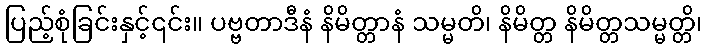
ပြည့်စုံခြင်းနှင့်၎င်း။ ပဗ္ဗတာဒီနံ နိမိတ္တာနံ သမ္မတိ၊ နိမိတ္တ နိမိတ္တသမ္မတ္တိ၊